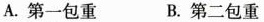
A.第一包重 B.第二包重